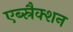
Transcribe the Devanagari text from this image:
एब्स्रैक्शन